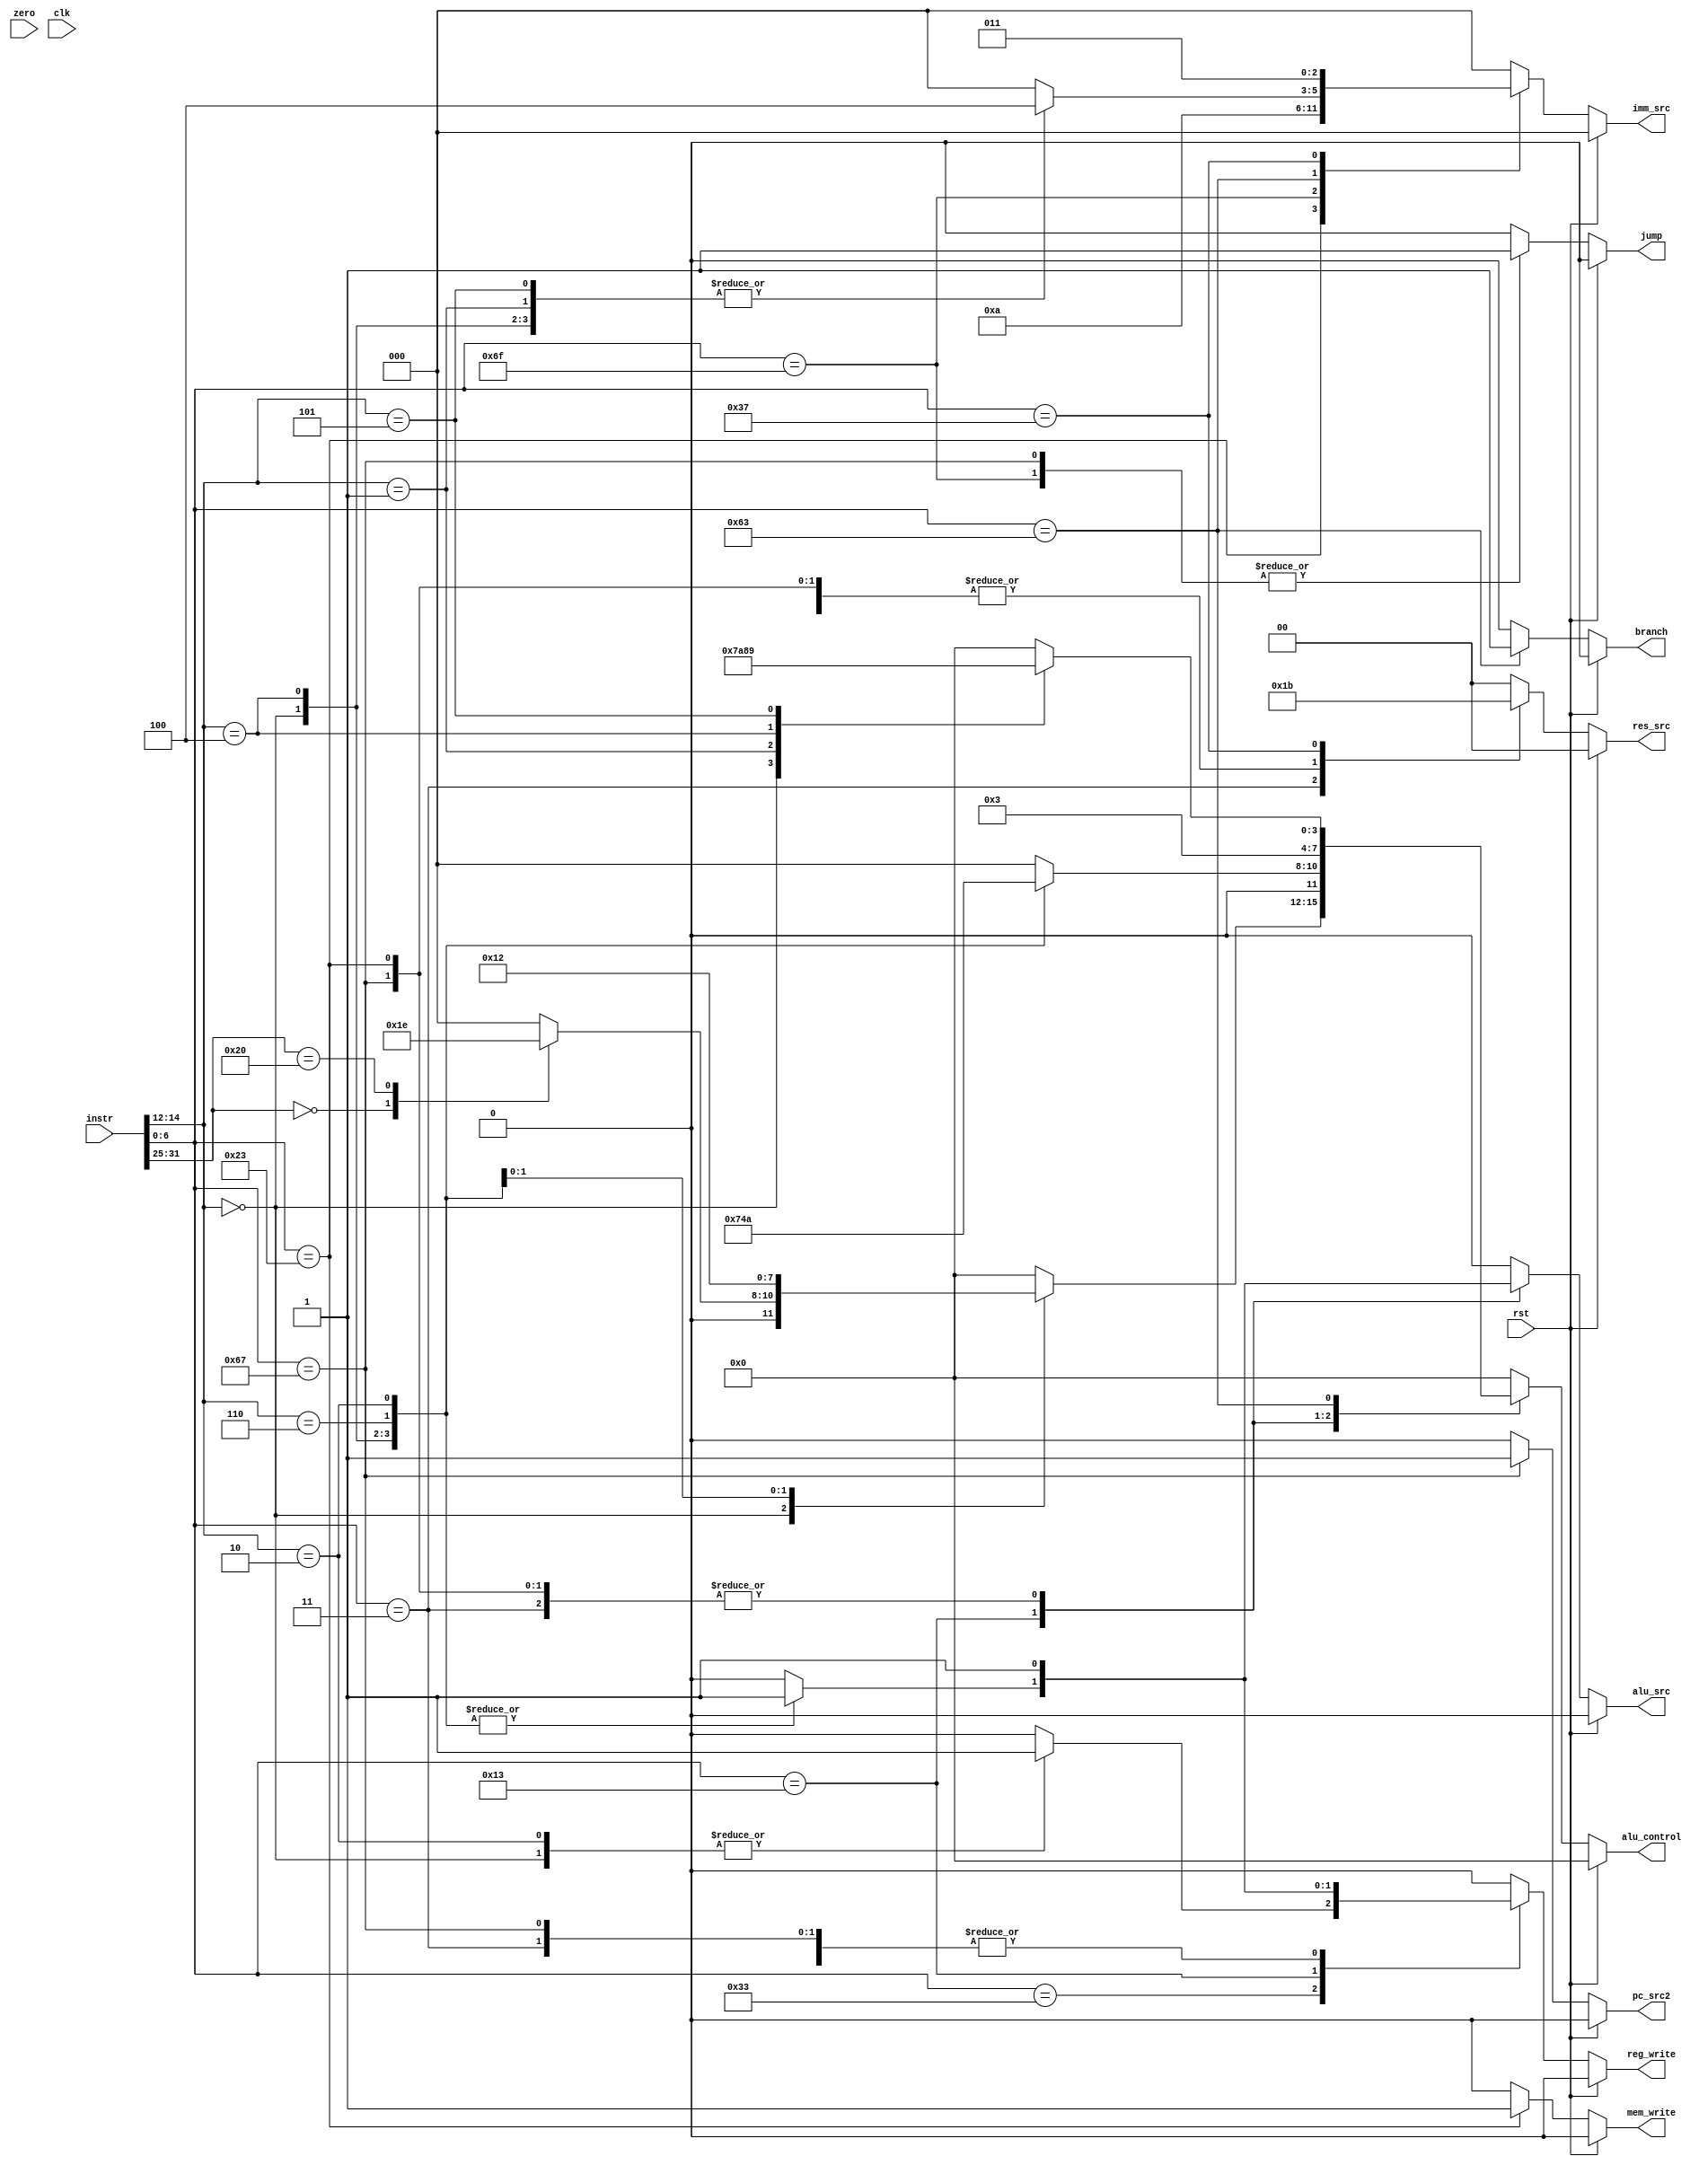
module controller_pipe(input [31:0] instr,input zero,clk,rst,output reg  reg_write,alu_src,mem_write ,
				output reg [1:0] res_src,output reg [2:0] imm_src,output reg[3:0] alu_control 
				, output reg jump , branch , pc_src2);
	always@(*)begin
		//opcode
		pc_src2 = 0;
		{reg_write,alu_src,mem_write,res_src,imm_src,alu_control , jump , branch} = 12'b0;
		if(rst)begin
			pc_src2=0;
			{reg_write,alu_src,mem_write,res_src,imm_src,alu_control , jump ,branch} = 12'b0;
		end
		else begin
		case(instr[6:0])
			7'b011_0011 :begin //R-Type
				case(instr[14:12])
					//func3
					3'b000:begin
						
						{res_src ,alu_src ,mem_write} = 6'b0;
						reg_write=1;
						
						//func7
						case(instr[31:25])
							7'b0: //add
								alu_control = 4'd3;

							7'b0100_000: //sub
								alu_control = 4'd6;
						endcase
					end
					3'b110: //or
						alu_control = 4'd1;

					3'b111:begin //and
						alu_control = 4'd0;
					end


					3'b010: begin //slt
						alu_control = 4'd2;
						reg_write = 1;
					end



				endcase
			end
			7'b000_0011 :begin //lw
				{reg_write,alu_src} = 2'b1;
				reg_write=1;
				{mem_write} = 1'b0;
				{alu_control,res_src, imm_src} = 9'b0011_01_000;
				
			end
			7'b001_0011 :begin //I-type immediate
				case(instr[14:12])
					//func3
					3'b000:begin // addi
						alu_control = 4'd3;
						imm_src = 3'd0;
						alu_src = 1'd1;
						res_src = 2'd0;
						reg_write = 1;

					end
					3'b100:begin // xori
						alu_control = 4'd5;
						imm_src = 3'd0;
						alu_src = 1;
						res_src = 2'd0;
						reg_write = 1;
					end
					3'b110:begin // ori
						alu_control = 4'd1;
						imm_src = 3'd0;
						alu_src = 1;
						res_src = 2'd0;
						reg_write = 1;
					end


					3'b010: begin //slti
						alu_control = 4'd2;
						reg_write = 1;
						alu_src =1;
						res_src = 2'd0;
						imm_src = 3'd0;

					end



				endcase
			end
			7'b110_0111 :begin //jalr 
				jump=1;
				alu_src = 1;
				alu_control = 4'd3;
				imm_src = 3'd0;
				res_src = 2'b10;
				pc_src2 = 1;
				reg_write =1;
			end
			7'b010_0011 :begin //sw
				alu_control = 4'd3;
				imm_src = 3'd1;
				res_src = 2'b10;
				mem_write=1;
				alu_src=1;

			end
			7'b110_1111 :begin //jal
				//pc_src0 = 1;
				jump=1;
				res_src = 2'b10;
				reg_write = 1;
				imm_src = 3'd2;

			end
			7'b110_0011 :begin //B-Type
				branch =1;
				case(instr[14:12])
					
					//func3
					3'b000: begin // beq
						alu_control = 4'd7;
						imm_src = 3'd4;
						//if(zero) pc_src0 = 1;
						
						
					end
					3'b001:begin // bne
						alu_control = 4'd10;
						imm_src = 3'd4;
						//if(zero == 0) pc_src0 = 1;
					end
					3'b100:begin // blt
						alu_control = 4'd8;
						imm_src = 3'd4;
						//if(zero == 1) pc_src0 = 1;
					end

					3'b101:begin // bgt
						alu_control = 4'd9;
						imm_src = 3'd4;
						//if(zero == 0) pc_src0 = 1;
					end


					//slti



				endcase
			end
			7'b011_0111 :begin //lui
			imm_src = 3'd3;
			reg_write = 1;
			res_src = 2'b11;

			end
			default:;

		endcase
		end
	end

endmodule